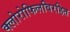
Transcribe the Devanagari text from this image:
क्लोरोफिलविरहित